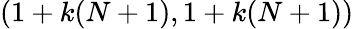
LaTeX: (1+k(N+1),1+k(N+1))